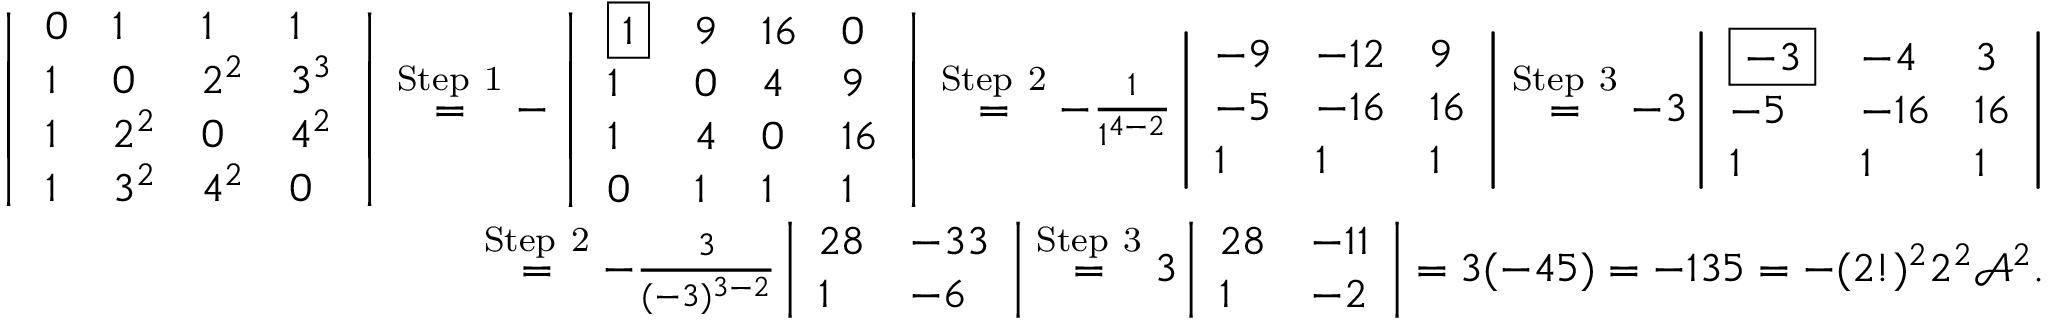
\begin{array} { r } { \left| \begin{array} { l l l l } { 0 } & { 1 } & { 1 } & { 1 } \\ { 1 } & { 0 } & { 2 ^ { 2 } } & { 3 ^ { 3 } } \\ { 1 } & { 2 ^ { 2 } } & { 0 } & { 4 ^ { 2 } } \\ { 1 } & { 3 ^ { 2 } } & { 4 ^ { 2 } } & { 0 } \end{array} \right| \overset { \mathrm { S t e p ~ 1 } } { = } - \left| \begin{array} { l l l l } { \boxed { 1 } } & { 9 } & { 1 6 } & { 0 } \\ { 1 } & { 0 } & { 4 } & { 9 } \\ { 1 } & { 4 } & { 0 } & { 1 6 } \\ { 0 } & { 1 } & { 1 } & { 1 } \end{array} \right| \overset { \mathrm { S t e p ~ 2 } } { = } - \frac { 1 } { 1 ^ { 4 - 2 } } \left| \begin{array} { l l l } { - 9 } & { - 1 2 } & { 9 } \\ { - 5 } & { - 1 6 } & { 1 6 } \\ { 1 } & { 1 } & { 1 } \end{array} \right| \overset { \mathrm { S t e p ~ 3 } } { = } - 3 \left| \begin{array} { l l l } { \boxed { - 3 } } & { - 4 } & { 3 } \\ { - 5 } & { - 1 6 } & { 1 6 } \\ { 1 } & { 1 } & { 1 } \end{array} \right| } \\ { \overset { \mathrm { S t e p ~ 2 } } { = } - \frac { 3 } { ( - 3 ) ^ { 3 - 2 } } \left| \begin{array} { l l } { 2 8 } & { - 3 3 } \\ { 1 } & { - 6 } \end{array} \right| \overset { \mathrm { S t e p ~ 3 } } { = } 3 \left| \begin{array} { l l } { 2 8 } & { - 1 1 } \\ { 1 } & { - 2 } \end{array} \right| = 3 ( - 4 5 ) = - 1 3 5 = - ( 2 ! ) ^ { 2 } 2 ^ { 2 } { \mathcal A } ^ { 2 } . } \end{array}